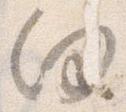
向